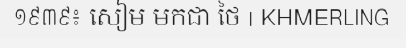
១៩៣៩៖ សៀម មកជា ថៃ | KHMERLING